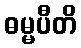
ဓမ္မပီတိ